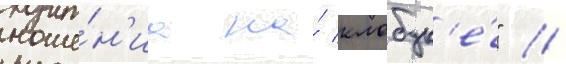
ноше́н'иа на́ клобук'е́" //